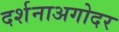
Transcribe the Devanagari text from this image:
दर्शनाअगोदर